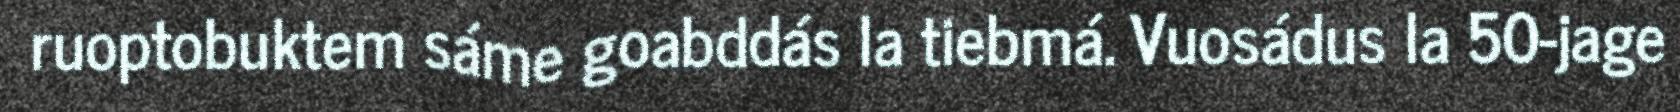
ruoptobuktem sáme goabddás la tiebmá. Vuosádus la 50-jage